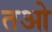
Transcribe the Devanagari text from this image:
तओ